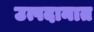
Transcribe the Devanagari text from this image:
उत्पदानात